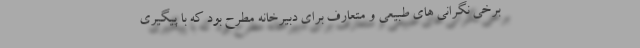
برخی نگرانی های طبیعی و متعارف برای دبیرخانه مطرح بود که با پیگیری